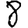
Digit: 8